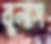
বুলাস